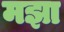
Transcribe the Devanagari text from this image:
मझा